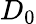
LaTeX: D_{0}